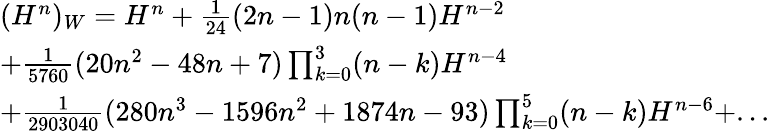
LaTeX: \begin{array}{l}{{(H^{n})_{W}=H^{n}+\frac{1}{24}(2n-1)n(n-1)H^{n-2}}}\\ {{+\frac{1}{5760}(20n^{2}-48n+7)\prod_{k=0}^{3}(n-k)H^{n-4}}}\\ {{+\frac{1}{2903040}(280n^{3}-1596n^{2}+1874n-93)\prod_{k=0}^{5}(n-k)H^{n-6}+...}}\end{array}